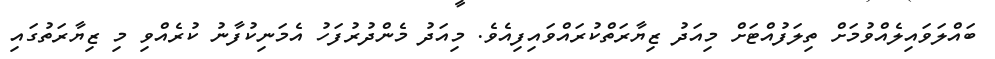
ބައްލަވައިލެއްވުމަށް ތިލަފުއްޓަށް މިއަދު ޒިޔާރަތްކުރައްވައިފިއެވެ. މިއަދު މެންދުރުފަހު އެމަނިކުފާނު ކުރެއްވި މި ޒިޔާރަތުގައި